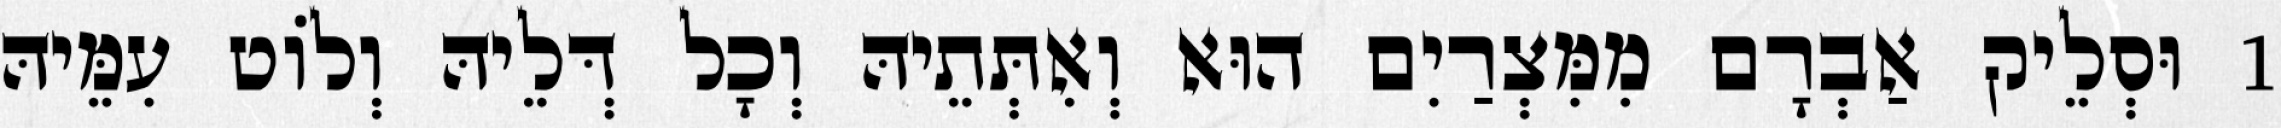
1 וּסְלֵיק אַבְרָם מִמִּצְרַיִם הוּא וְאִתְּתֵיהּ וְכָל דְּלֵיהּ וְלוֹט עִמֵּיהּ